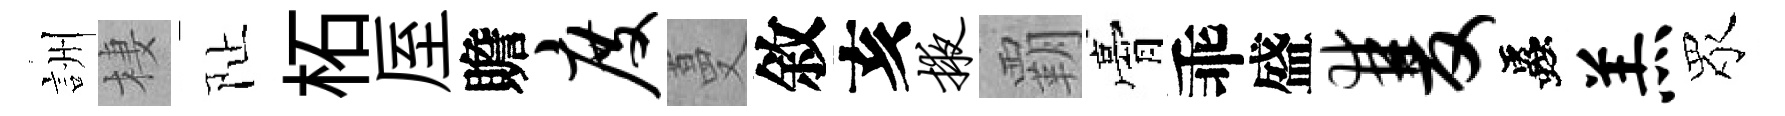
詶棲阯柘厔贍度蔓敘亥掖覇膏乖盛双蟲羔眾